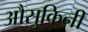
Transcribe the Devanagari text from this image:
औसुकिनी